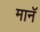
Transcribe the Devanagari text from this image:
मानॅ